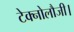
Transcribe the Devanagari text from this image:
टेक्नोलौजी।